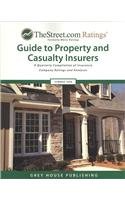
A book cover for TheStreet.com Ratings' Guide to Property and Casualty Insurers: A Quarterly Compilation of Insurance Company Ratings and Analyses, Summer 2008 ... Guide to Property & Casualty Insurers); Business & Money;